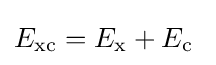
E_{\rm {xc}}=E_{\rm {x}}+E_{\rm {c}}\